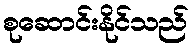
စုဆောင်းနိုင်သည်